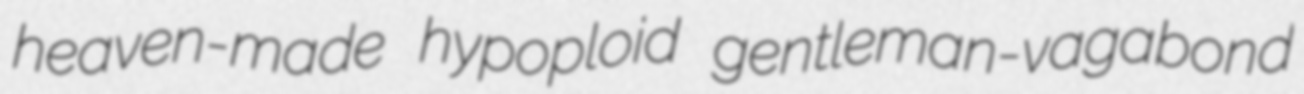
heaven-made hypoploid gentleman-vagabond